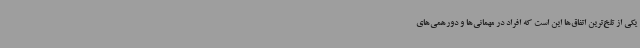
یکی از تلخ‌ترین اتفاق‌ها این است که افراد در مهمانی‌ها و دورهمی‌های